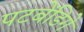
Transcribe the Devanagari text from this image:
पटबेंडिगे